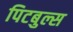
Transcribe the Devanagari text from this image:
पिटबुल्स